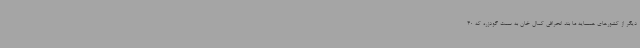
دیگر از کشورهای همسایه ما بند انحرافی کمال خان به سمت گودزره که 40